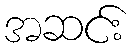
အဆင်း